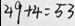
4 9 + 4 = 5 3